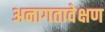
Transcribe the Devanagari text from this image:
अनागतावेक्षण